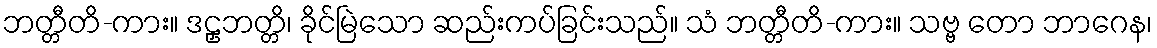
ဘတ္တီတိ-ကား။ ဒဠှဘတ္တိ၊ ခိုင်မြဲသော ဆည်းကပ်ခြင်းသည်။ သံ ဘတ္တီတိ-ကား။ သဗ္ဗ တော ဘာဂေန၊